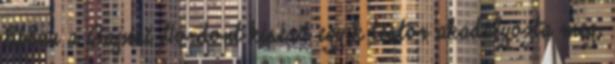
Ebben a Bajnai Gordont kísérő egyik testőr akadályozta meg,